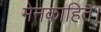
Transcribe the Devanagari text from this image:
मेनकाहित।